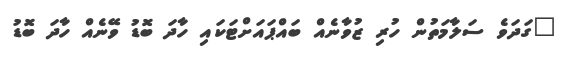
"ގަދަވެ ސަލާމަތުން ހުރި ޒުވާނެއް ބައްޕައަށްޓަކައި ހާދަ ބޮޑު ވޭނެއް ހާދަ ބޮޑު